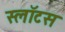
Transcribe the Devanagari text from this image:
स्लॉटस